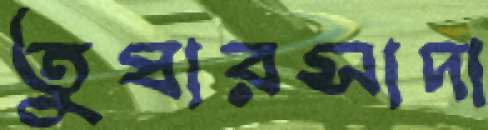
তুষারসাদা